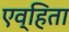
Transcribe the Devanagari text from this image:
एव्हिता